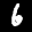
Label: 6